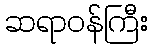
ဆရာဝန်ကြီး